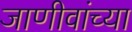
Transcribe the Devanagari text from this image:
जाणीवांच्या